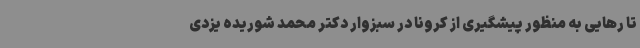
تا رهایی به منظور پیشگیری از کرونا در سبزوار دکتر محمد شوریده یزدی